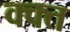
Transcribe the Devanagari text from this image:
क्क्त